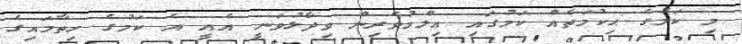
މި ކަމުގެ ޙިކުމަތެއް ކަމުގައި ޢިލްމުވެރިން ވިދާޅުވަނީ އެއީ އެ ކަމުގެ ހިތާމައިގެ